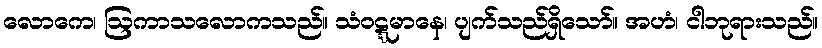
လောကေ၊ ဩကာသလောကသည်။ သံဝဋ္ဋမာနေ၊ ပျက်သည်ရှိသော်။ အဟံ၊ ငါဘုရားသည်။